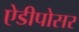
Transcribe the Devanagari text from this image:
ऐडीपोसर